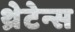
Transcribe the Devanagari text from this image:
थ्रेटेन्स